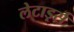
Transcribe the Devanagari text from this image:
लेटार्ड्स